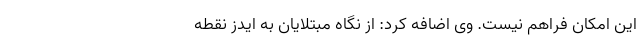
این امکان فراهم نیست. وی اضافه کرد: از نگاه مبتلایان به ایدز نقطه